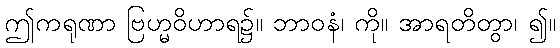
ဤကရုဏာ ဗြဟ္မဝိဟာရ၌။ ဘာဝနံ၊ ကို။ အာရတိတွာ၊ ၍။